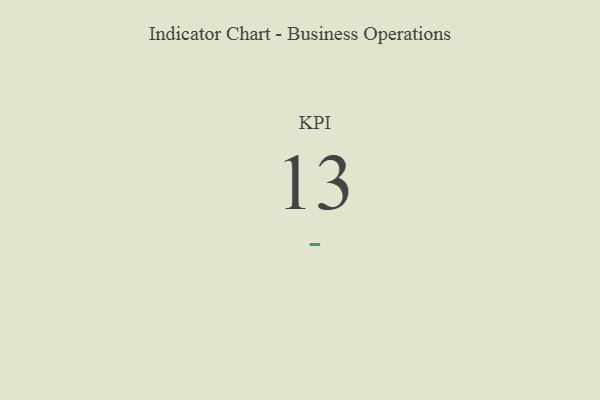
{"axis": {"x": "KPI", "y": "Value"}, "legend": [""], "data": [{"x": "KPI", "y": 13, "type": ""}]}